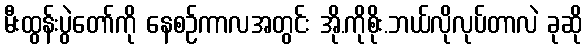
မီးထွန်းပွဲတော်ကို နေစဉ်ကာလအတွင်း အို.ကိုစိုး.ဘယ်လိုလုပ်တာလဲ ခုဆို